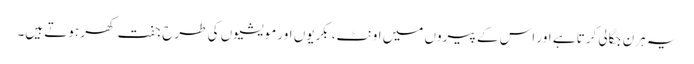
یہ ہرن جگالی کرتا ہے اور اس کے پیروں میں اونٹ، بکریوں اور مویشیوں کی طرح جفت کھر ہوتے ہیں۔